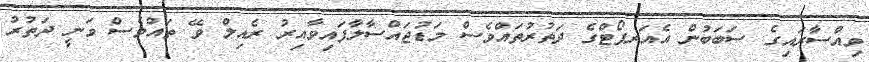
ވިއްސާރައިގެ ސަބަބުން އެއަރޕޯޓްގެ ދަތުރުތައްވެސް މަޑުޖައްސާލާފައިވާއިރު ރެއިލް ވޭ ތައްވެސް ވަނީ ދަތުރު